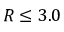
R \le 3 . 0